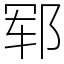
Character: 郓